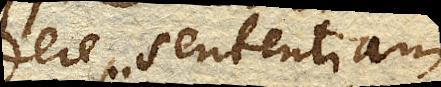
dere sententiam